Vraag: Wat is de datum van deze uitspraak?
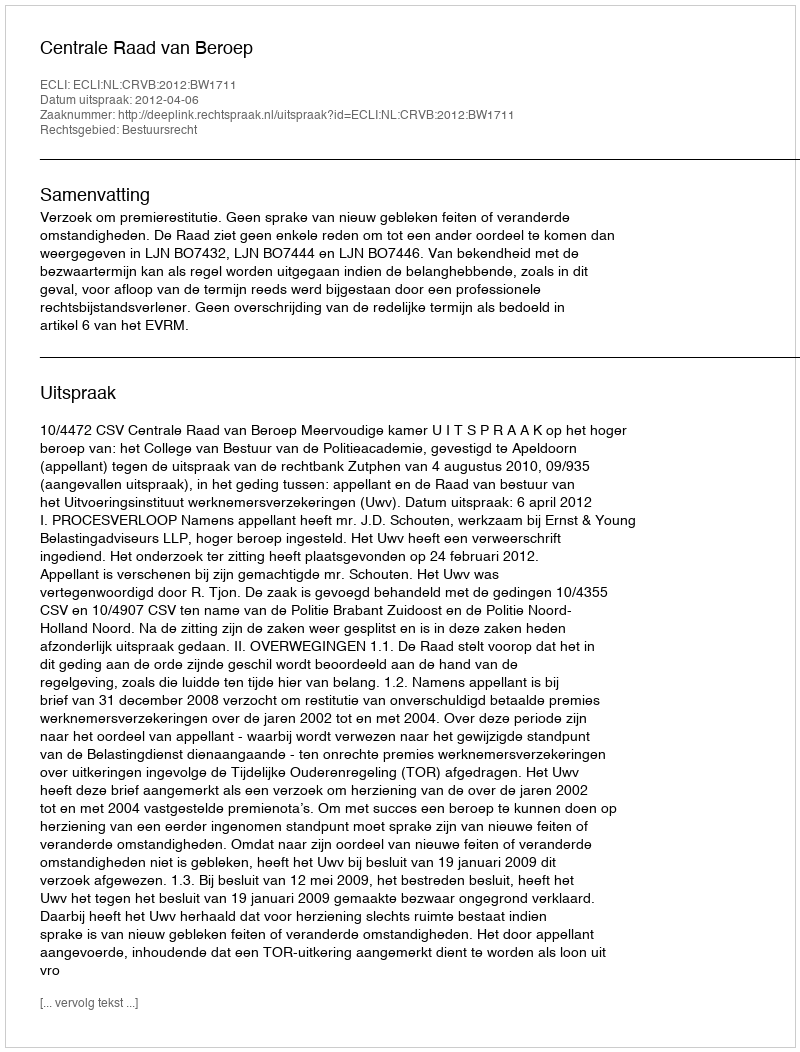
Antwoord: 2012-04-06